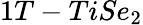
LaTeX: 1T-TiSe_{2}